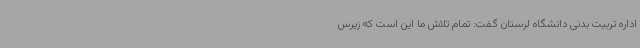
اداره تربیت بدنی دانشگاه لرستان گفت: تمام تلاش ما این است که زیرس